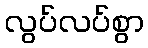
လွပ်လပ်စွာ